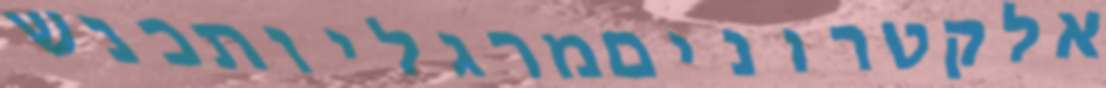
אלקטרוניםמרגליותכנש